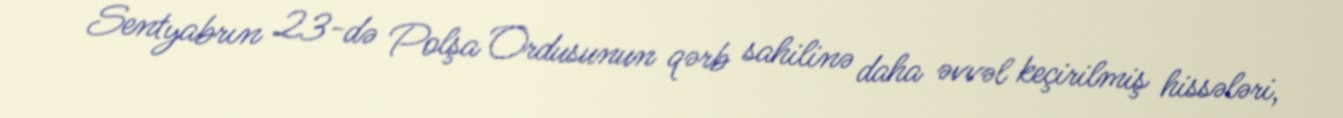
Sentyabrın 23-də Polşa Ordusunun qərb sahilinə daha əvvəl keçirilmiş hissələri,